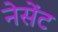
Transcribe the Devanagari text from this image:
नेसेंट